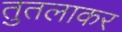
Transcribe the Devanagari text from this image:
तुतलाकर